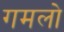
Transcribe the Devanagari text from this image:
गमलो